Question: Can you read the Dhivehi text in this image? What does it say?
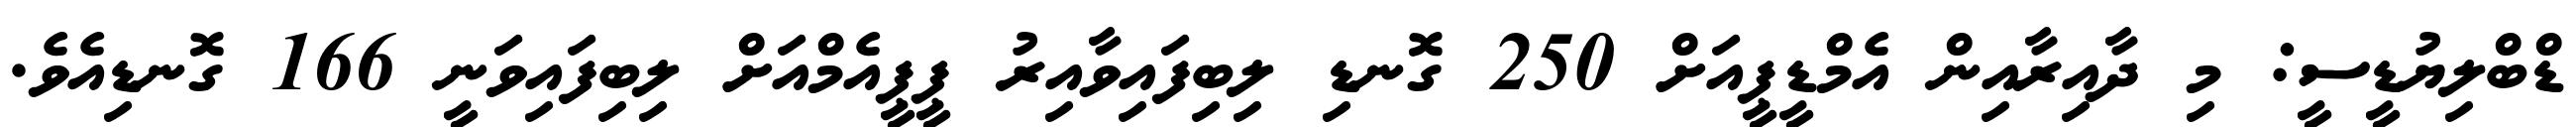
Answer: ޑްބްލިޔުޑީސީ: މި ދާއިރާއިން އެމްޑީޕީއަށް 250 ގޮނޑި ލިބިފައިވާއިރު ޕީޕީއެމްއަށް ލިބިފައިވަނީ 166 ގޮނޑިއެވެ.